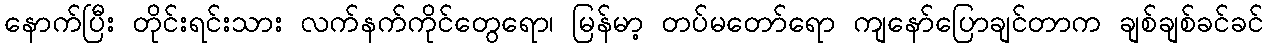
နောက်ပြီး တိုင်းရင်းသား လက်နက်ကိုင်တွေရော၊ မြန်မာ့ တပ်မတော်ရော ကျနော်ပြောချင်တာက ချစ်ချစ်ခင်ခင်